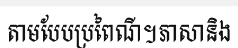
តាមបែបប្រពៃណី។ភាសានិង